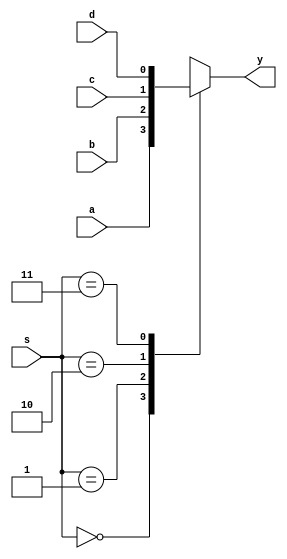
`timescale 1ns / 1ps

module mux_4x1(
    input a,b,c,d,
    input [1:0]s,
    output reg y
    );
    always@(*)
    begin
    case(s)
    2'b00:  y=a;
    2'b01:  y=b;
    2'b10: y=c;
    2'b11: y=d;
   
    endcase
    end
endmodule